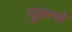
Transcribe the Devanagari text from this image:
दुहत्थे